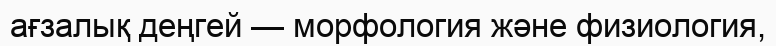
ағзалық деңгей — морфология және физиология,